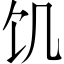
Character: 饥